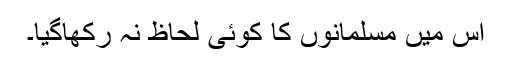
اس میں مسلمانوں کا کوئی لحاظ نہ رکھاگیا۔